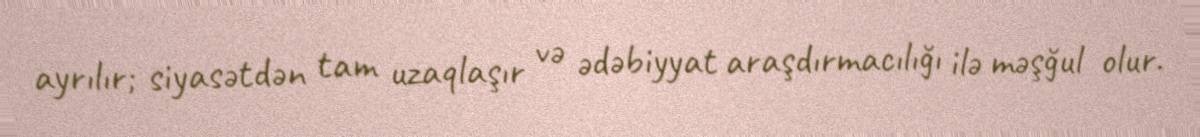
ayrılır; siyasətdən tam uzaqlaşır və ədəbiyyat araşdırmacılığı ilə məşğul olur.